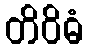
တိဝိဓံ